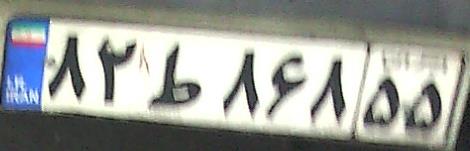
۸۲ط۸۶۸۵۵